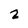
Character: 2